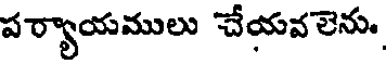
పర్యాయములు చేయవలెను,